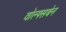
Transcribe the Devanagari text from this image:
वोल्फ्सबेन